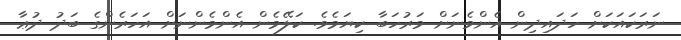
ނަރަކައަކަށް ހަދައިދިން އެންމެނަށް މަރުހަބާ ކިޔަމެވެ. ކަލޭމެން އެންމެންނަށް އަހަރެންގެ ބަދު ދުޢާ